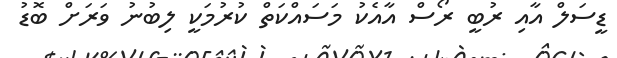
ޑީސަލް އާއި ރުބީ ރޯސް އާއެކު މަސައްކަތް ކުރުމަކީ ލިބުނު ވަރަށް ބޮޑު